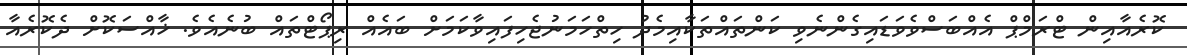
ކޮރެއާއިން ޓްރަމްޕް އެއްބަސްވެވަޑައިގެންނެވި ކަންތައްތަކާއިމެދު ހިތްހަމަނުޖެހިފައިވާކަމަށް ބައެއް ރިޕޯޓްތައް ބުނެއެވެ. ޚާއްސަކޮށް ދެކޮރެއާ